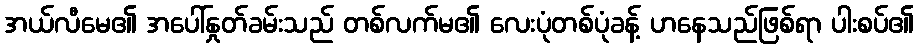
အယ်လီမေ၏ အပေါ်နှုတ်ခမ်းသည် တစ်လက်မ၏ လေးပုံတစ်ပုံခန့် ဟနေသည်ဖြစ်ရာ ပါးစပ်၏